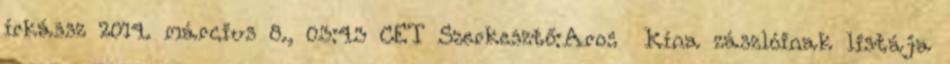
írkássz 2014. március 8., 03:43 CET Szerkesztő:Aros Kína zászlóinak listája